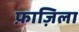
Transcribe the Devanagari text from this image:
फ़ाज़िला